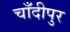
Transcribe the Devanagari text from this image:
चाँदीपुर